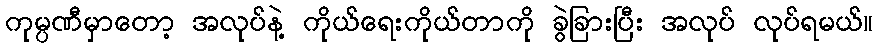
ကုမ္ပဏီမှာတော့ အလုပ်နဲ့ ကိုယ်ရေးကိုယ်တာကို ခွဲခြားပြီး အလုပ် လုပ်ရမယ်။